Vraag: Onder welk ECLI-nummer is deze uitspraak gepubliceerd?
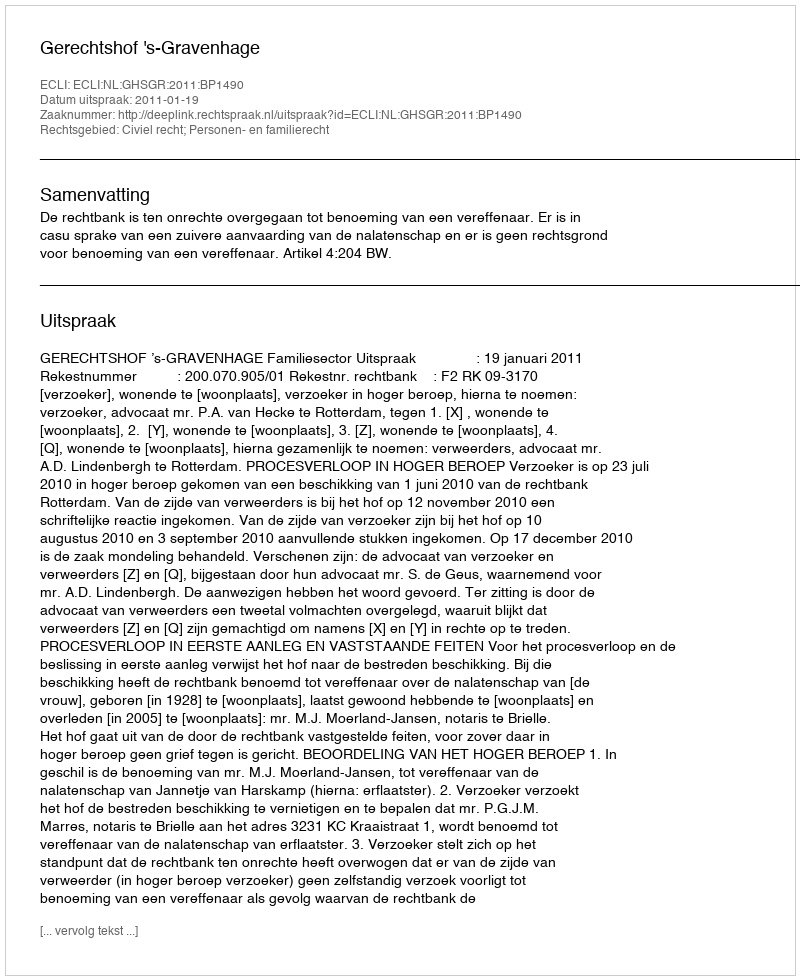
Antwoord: ECLI:NL:GHSGR:2011:BP1490